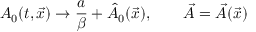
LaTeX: A _ { 0 } ( t , \vec { x } ) \rightarrow { \frac { a } { \beta } } + \hat { A } _ { 0 } ( \vec { x } ) , \qquad \vec { A } = \vec { A } ( \vec { x } )